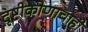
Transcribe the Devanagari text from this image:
दृष्टीकोणाचाही